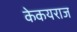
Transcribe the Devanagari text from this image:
केकयराज